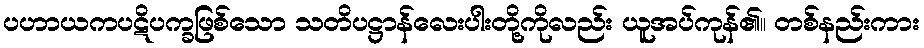
ပဟာယကပဋိပက္ခဖြစ်သော သတိပဋ္ဌာန်လေးပါးတို့ကိုလည်း ယူအပ်ကုန်၏။ တစ်နည်းကား